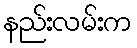
နည်းလမ်းက